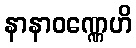
နာနာဝဏ္ဏေဟိ